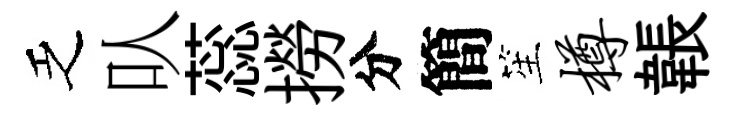
乏㕥蕊撈分簡笙樽韔